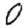
Digit: 0